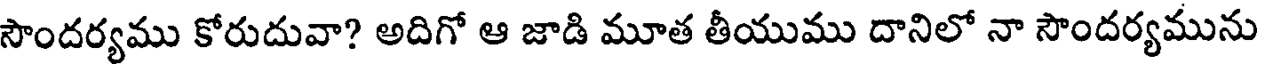
సౌందర్యము కోరుదువా? అదిగో ఆ జాడి మూత తీయుము దానిలో నా సౌందర్యమును